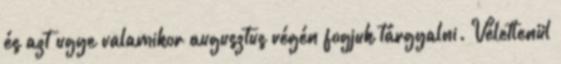
és azt ugye valamikor augusztus végén fogjuk tárgyalni. Véletlenül